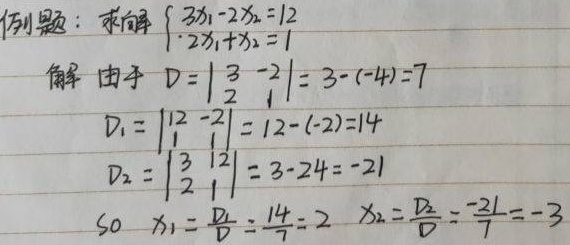
例题：求解\(\begin{cases}3x_{1}-2x_{2}=12\\2x_{1}+x_{2}=1\end{cases}\)
解：由于 \(D = \begin{vmatrix}3&-2\\2&1\end{vmatrix}=3-(-4)=7\)，\(D_{1} = \begin{vmatrix}12&-2\\1&1\end{vmatrix}=12-(-2)=14\)，\(D_{2} = \begin{vmatrix}3&12\\2&1\end{vmatrix}=3 - 24=-21\)。
所以 \(x_{1}=\frac{D_{1}}{D}=\frac{14}{7}=2\)，\(x_{2}=\frac{D_{2}}{D}=\frac{-21}{7}=-3\)。